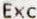
EXC